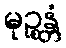
မုဉ္စန္တံ